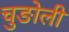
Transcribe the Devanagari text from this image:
चुङोली